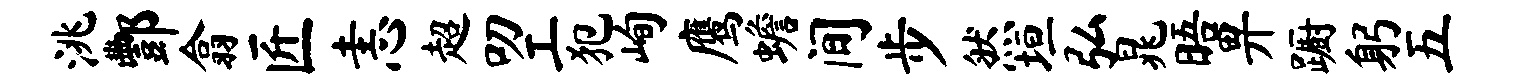
洮酆翕匠恚超叨工犯峋鹰蟾间步然垣弘晁晤畀蹰躬五